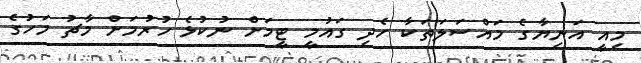
މިއީ އަނިޔާގެ މައްސަލަތަކާ ހެދި ގައުމީ ޓީމަށް ނުކުޅެ ހުރުމަށް މާޗު މަހުގެ